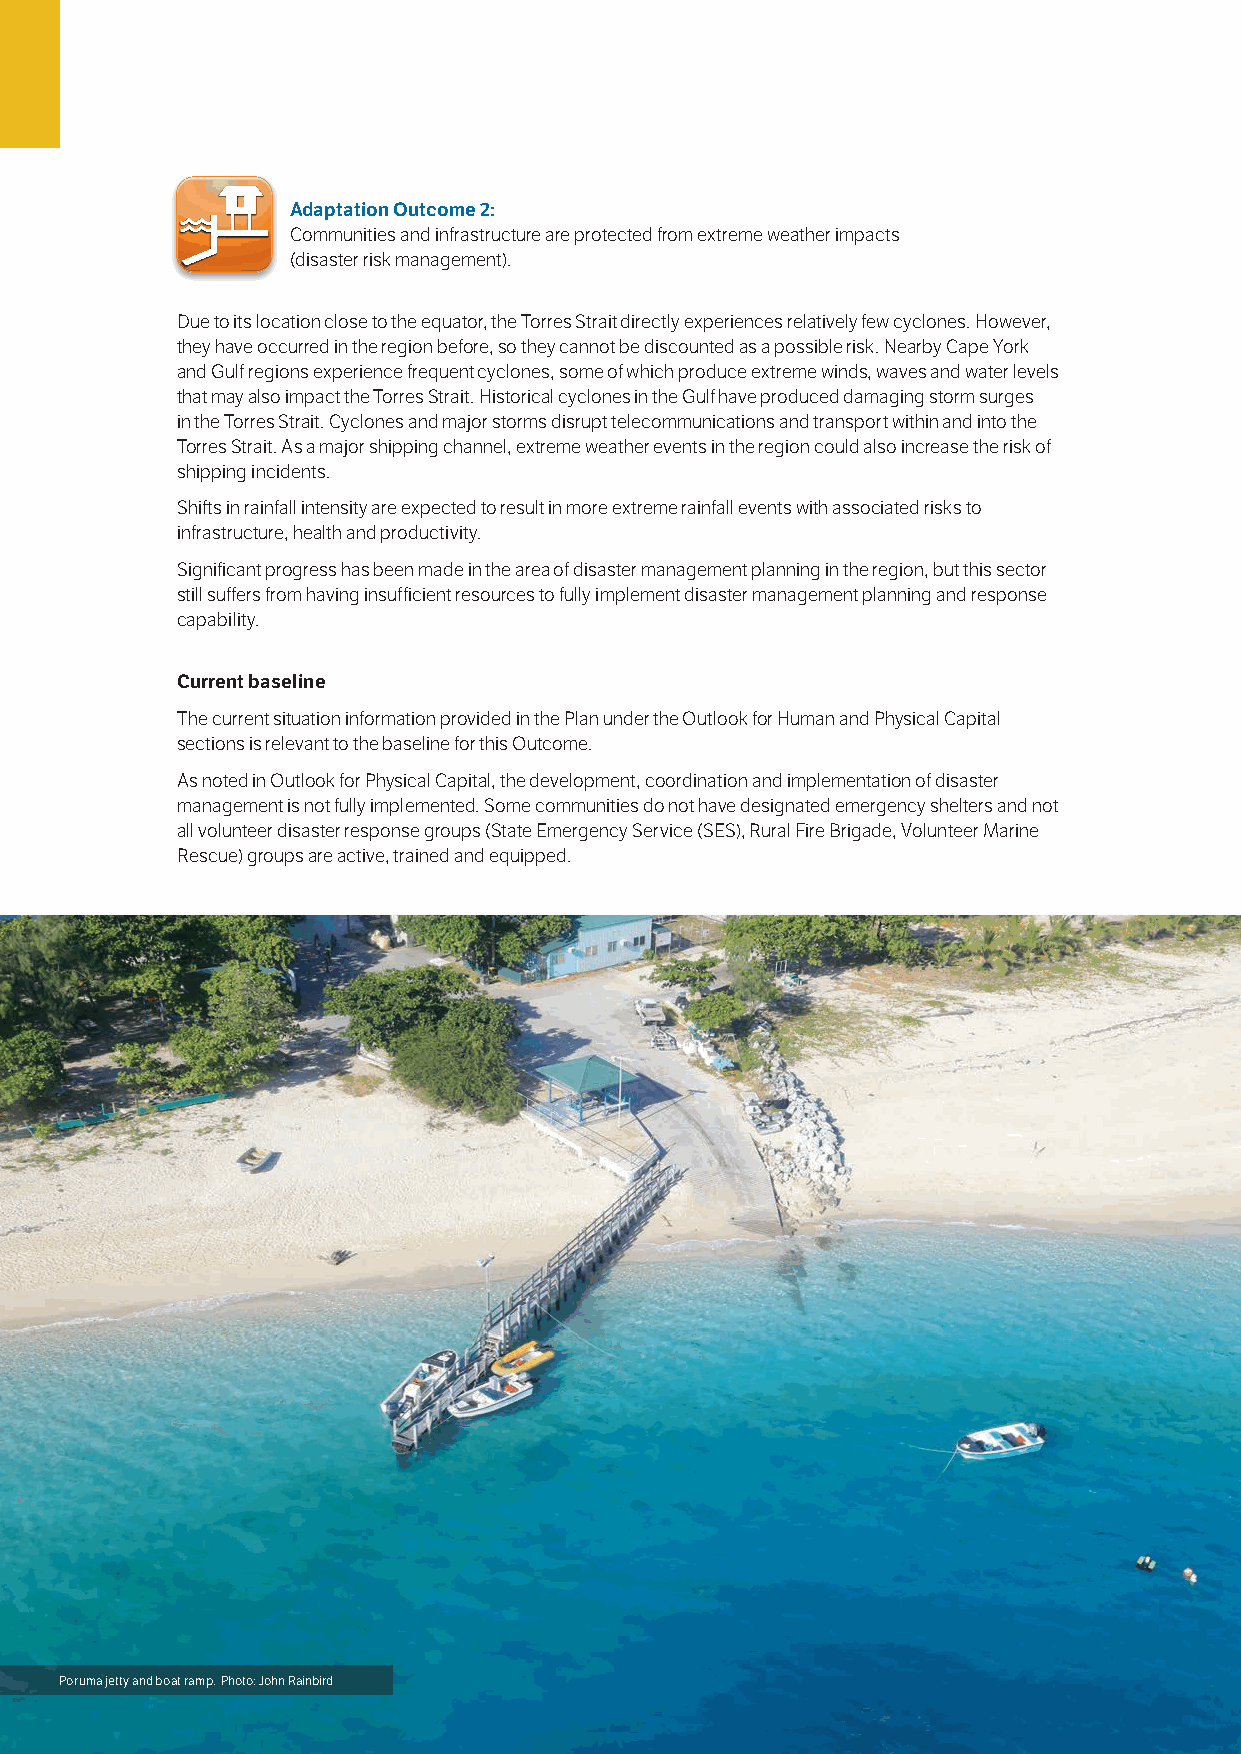
Adaptation Outcome 2:
 Communities and infrastructure are protected from extreme weather impacts
 (disaster risk management).
 Due to its location close to the equator, the Torres Strait directly experiences relatively few cyclones. However,
 they have occurred in the region before, so they cannot be discounted as a possible risk. Nearby Cape York
 and Gulf regions experience frequent cyclones, some of which produce extreme winds, waves and water levels
 that may also impact the Torres Strait. Historical cyclones in the Gulf have produced damaging storm surges
 in the Torres Strait. Cyclones and major storms disrupt telecommunications and transport within and into the
 Torres Strait. As a major shipping channel, extreme weather events in the region could also increase the risk of
 shipping incidents.
 Shifts in rainfall intensity are expected to result in more extreme rainfall events with associated risks to
 infrastructure, health and productivity.
 Significant progress has been made in the area of disaster management planning in the region, but this sector
 still suffers from having insufficient resources to fully implement disaster management planning and response
 capability.
 Current baseline
 The current situation information provided in the Plan under the Outlook for Human and Physical Capital
 sections is relevant to the baseline for this Outcome.
 As noted in Outlook for Physical Capital, the development, coordination and implementation of disaster
 management is not fully implemented. Some communities do not have designated emergency shelters and not
 all volunteer disaster response groups (State Emergency Service (SES), Rural Fire Brigade, Volunteer Marine
 Rescue) groups are active, trained and equipped.
 60 Torres Strait Regional Adaptation and Resilience Plan
 Poruma jetty and boat ramp. Photo: John Rainbird